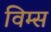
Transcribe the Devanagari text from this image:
विम्स